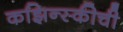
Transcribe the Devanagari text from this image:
कझिन्स्कीची